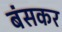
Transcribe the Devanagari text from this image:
बंसकर